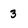
Character: 3